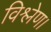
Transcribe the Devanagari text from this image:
विश्लेण।